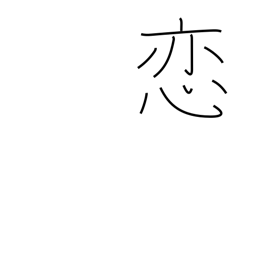
Meaning: in love